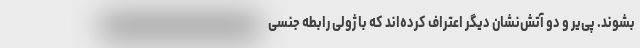
بشوند. پی‌یر و دو آتش‌نشان دیگر اعتراف کرده‌اند که با ژولی رابطه جنسی